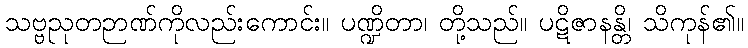
သဗ္ဗညုတဉာဏ်ကိုလည်းကောင်း။ ပဏ္ဍိတာ၊ တို့သည်။ ပဋိဇာနန္တိ၊ သိကုန်၏။